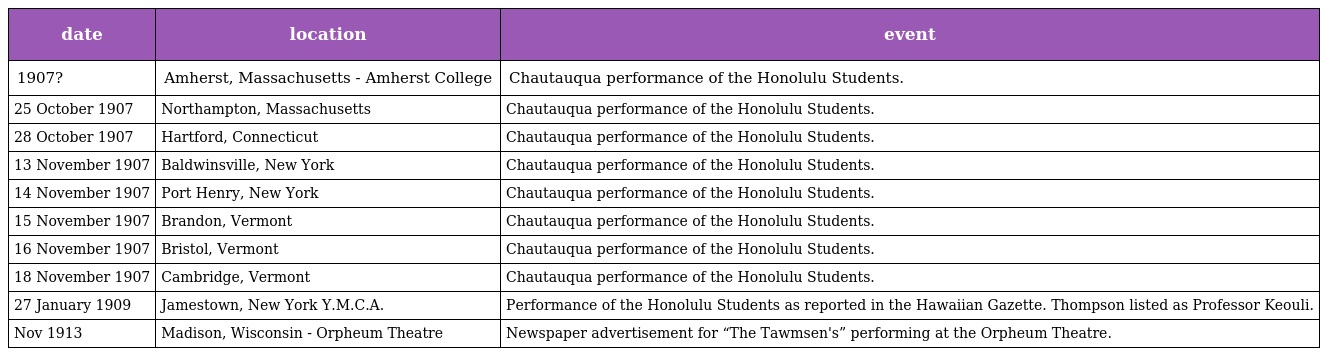
| date | location | event |
 | --- | --- | --- |
 | 1907? | Amherst, Massachusetts - Amherst College | Chautauqua performance of the Honolulu Students. |
 | 25 October 1907 | Northampton, Massachusetts | Chautauqua performance of the Honolulu Students. |
 | 28 October 1907 | Hartford, Connecticut | Chautauqua performance of the Honolulu Students. |
 | 13 November 1907 | Baldwinsville, New York | Chautauqua performance of the Honolulu Students. |
 | 14 November 1907 | Port Henry, New York | Chautauqua performance of the Honolulu Students. |
 | 15 November 1907 | Brandon, Vermont | Chautauqua performance of the Honolulu Students. |
 | 16 November 1907 | Bristol, Vermont | Chautauqua performance of the Honolulu Students. |
 | 18 November 1907 | Cambridge, Vermont | Chautauqua performance of the Honolulu Students. |
 | 27 January 1909 | Jamestown, New York Y.M.C.A. | Performance of the Honolulu Students as reported in the Hawaiian Gazette. Thompson listed as Professor Keouli. |
 | Nov 1913 | Madison, Wisconsin - Orpheum Theatre | Newspaper advertisement for “The Tawmsen's” performing at the Orpheum Theatre. |